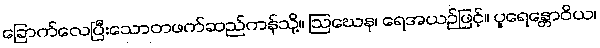
ခြောက်လေပြီးသောတဖက်ဆည်ကန်သို့။ ဩဃေန၊ ရေအယဉ်ဖြင့်။ ပူရေန္တောဝိယ၊